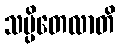
သပ္ပိတေလာတိ